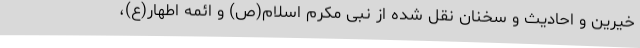
خیرین و احادیث و سخنان نقل شده از نبی مکرم اسلام(ص) و ائمه اطهار(ع)،